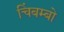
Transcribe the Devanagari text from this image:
चिंबम्बो